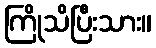
ကြိုသိပြီးသား။